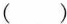
（）